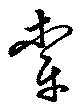
牽